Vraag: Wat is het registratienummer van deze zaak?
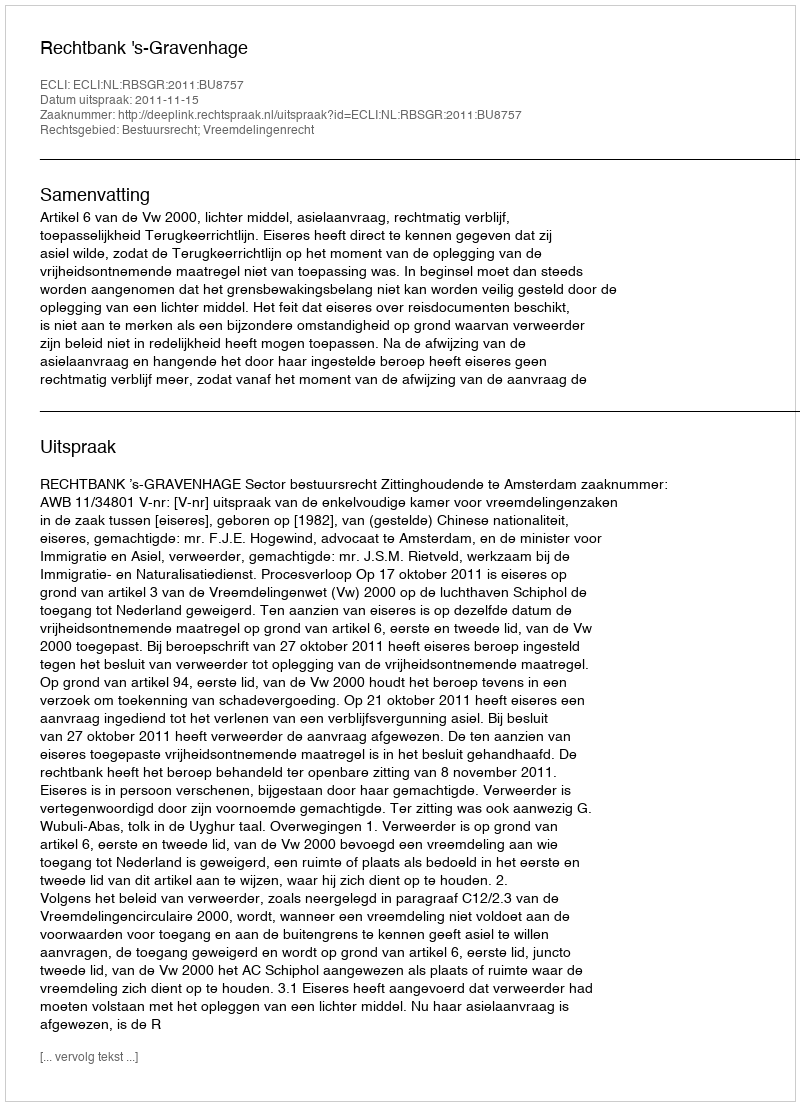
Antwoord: http://deeplink.rechtspraak.nl/uitspraak?id=ECLI:NL:RBSGR:2011:BU8757